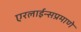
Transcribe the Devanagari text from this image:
एरलाईन्सप्रमाणे